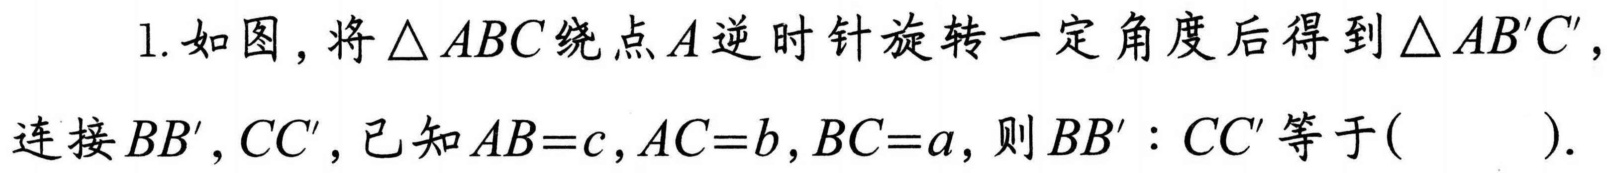
1. 如图，将\(\triangle ABC\)绕点\(A\)逆时针旋转一定角度后得到\(\triangle AB'C'\)，连接\(BB',CC'\)，已知\(AB = c,AC = b,BC = a\)，则\(BB':CC'\)等于( ).